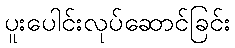
ပူးပေါင်းလုပ်ဆောင်ခြင်း